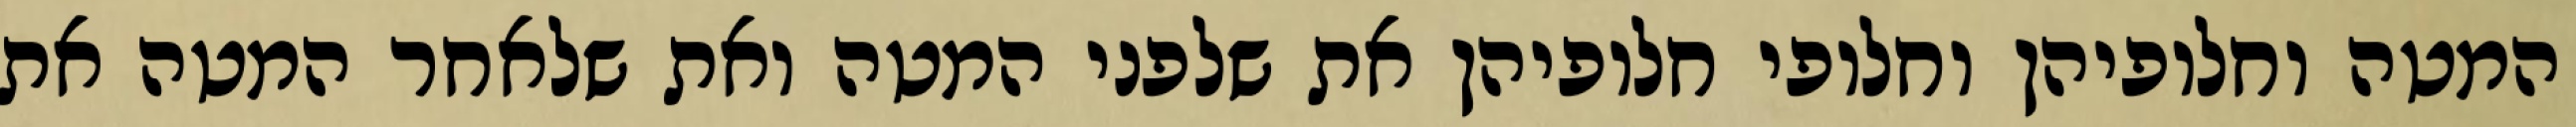
המטה וחלופיהן וחלופי חלופיהן את שלפני המטה ואת שלאחר המטה את